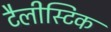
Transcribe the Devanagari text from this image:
टैलीस्टिक